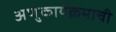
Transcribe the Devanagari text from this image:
अणुकार्यक्रमाची